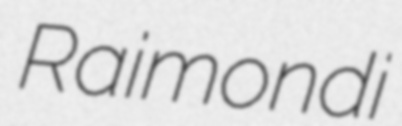
Raimondi